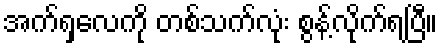
အက်ရှလေကို တစ်သက်လုံး စွန့်လိုက်ရပြီ။